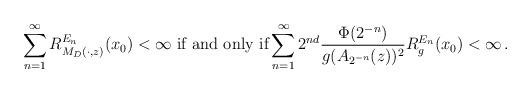
LaTeX: \begin{align*}\sum_{n=1}^{\infty}R^{E_n}_{M_D(\cdot, z)}(x_0)<\infty \textrm{ if and only if}\sum_{n=1}^{\infty}2^{nd}\frac{\Phi(2^{-n})}{g(A_{2^{-n}}(z))^2}R^{E_n}_{g} (x_0)<\infty\, .\end{align*}